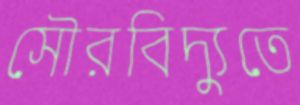
সৌরবিদ্যুতে